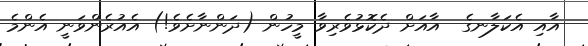
އާއި އެކަލާނގެ  އާއަށް ދެކޮޅުވެރިވާ މީހުން (ދަންނާށެވެ!) އެއުރެންވަނީ އެންމެ